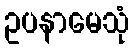
ဥပနာမေသုံ